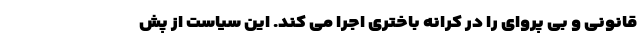
قانونی و بی پروای را در کرانه باختری اجرا می کند. این سیاست از پش